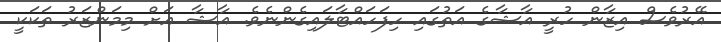
އޭރުވެސް އިޒާން ހުރީ އާޝާގެ އަތުގައި ހިފަހައްޓާލައިގެންނެވެ. އާޝާ އަށް މިމަންޒަރު ތަކަކީ